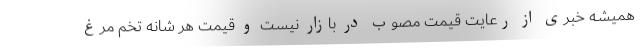
همیشه خبری از رعایت قیمت مصوب در بازار نیست و قیمت هر شانه تخم مرغ